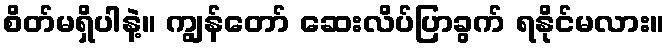
စိတ်မရှိပါနဲ့။ ကျွန်တော် ဆေးလိပ်ပြာခွက် ရနိုင်မလား။